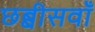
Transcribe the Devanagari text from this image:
छब्बीसवाँ